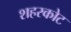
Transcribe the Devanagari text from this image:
शहरकोट